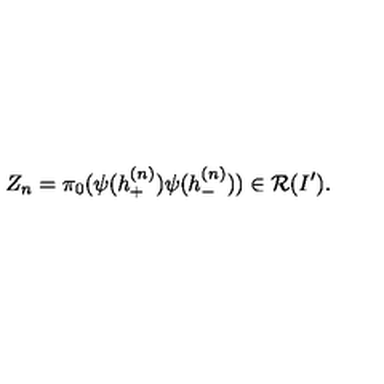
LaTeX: Z _ { n } = \pi _ { 0 } ( \psi ( h _ { + } ^ { ( n ) } ) \psi ( h _ { - } ^ { ( n ) } ) ) \in { \cal R } ( I ^ { \prime } ) .